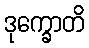
ဒုက္ခောတိ